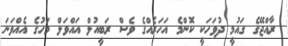
ރާއްޖޭގެ ގައުމީ ދުވަހަކީ ކޮންމެ އަހަރެއްގެ ވެސް ރަބީއުލް އައްވަލް މަހުގެ އެއްވަނަ